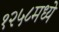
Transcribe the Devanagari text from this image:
१२५८मध्ये